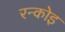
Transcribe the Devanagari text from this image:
रन्कोइ